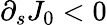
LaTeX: \partial_{s}J_{0}<0